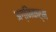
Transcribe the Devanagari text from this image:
अग्निकर्म